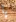
يا